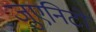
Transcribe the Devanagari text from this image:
जुएनिटो